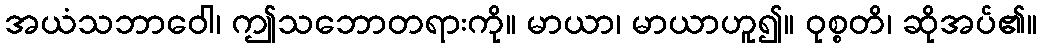
အယံသဘာဝေါ၊ ဤသဘောတရားကို။ မာယာ၊ မာယာဟူ၍။ ဝုစ္စတိ၊ ဆိုအပ်၏။